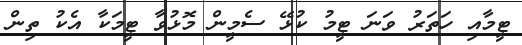
ޓީމާއި ހަތަރު ވަނަ ޓީމު ކުޅޭ ސެމީން މޮޅުވާ ޓީމަކާ އެކު ތިން